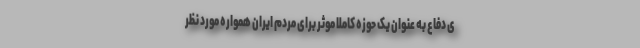
ی دفاع به عنوان یک حوزه کاملا موثر برای مردم ایران همواره مورد نظر